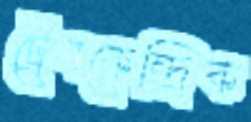
ট্রেনকেন্দ্রিক